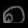
Digit: ၈